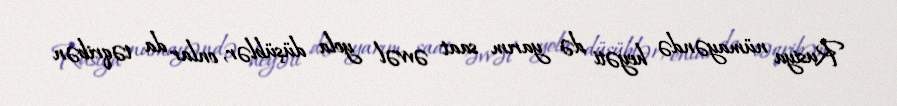
Rusiya nümayəndə heyəti də yarım saat əvvəl yola düşüblər, onlar da təqribən